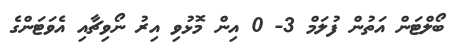
ބޯލްޓަން އަތުން ފުލަމް 3- 0 އިން މޮޅުވި އިރު ނޯވިޗާއި އެވަޓަންގެ